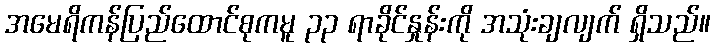
အမေရိကန်ပြည်ထောင်စုကမူ ၃၃ ရာခိုင်နှုန်းကို အသုံးချလျက် ရှိသည်။